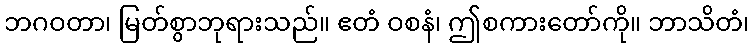
ဘဂဝတာ၊ မြတ်စွာဘုရားသည်။ ဧတံ ဝစနံ၊ ဤစကားတော်ကို။ ဘာသိတံ၊